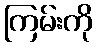
ကြမ်းကို